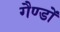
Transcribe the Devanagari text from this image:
गैण्डों